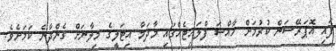
ފައި އޮޕަރޭޝަން ކުރުމަށް ހާއްސަ ފްލައިޓެއްގައި މާދަމާ އިޓަލީގެ މިލާނަށް ގެންދާނެ ކަމަށެވެ.